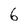
Character: 6